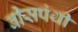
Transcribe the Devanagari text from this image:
बीसपंथी